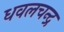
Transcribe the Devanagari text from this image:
धवलचन्द्र